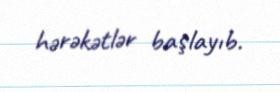
hərəkətlər başlayıb.